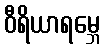
ဝီရိယာရမ္ဘေ